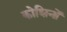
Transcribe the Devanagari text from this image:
कोशिनों